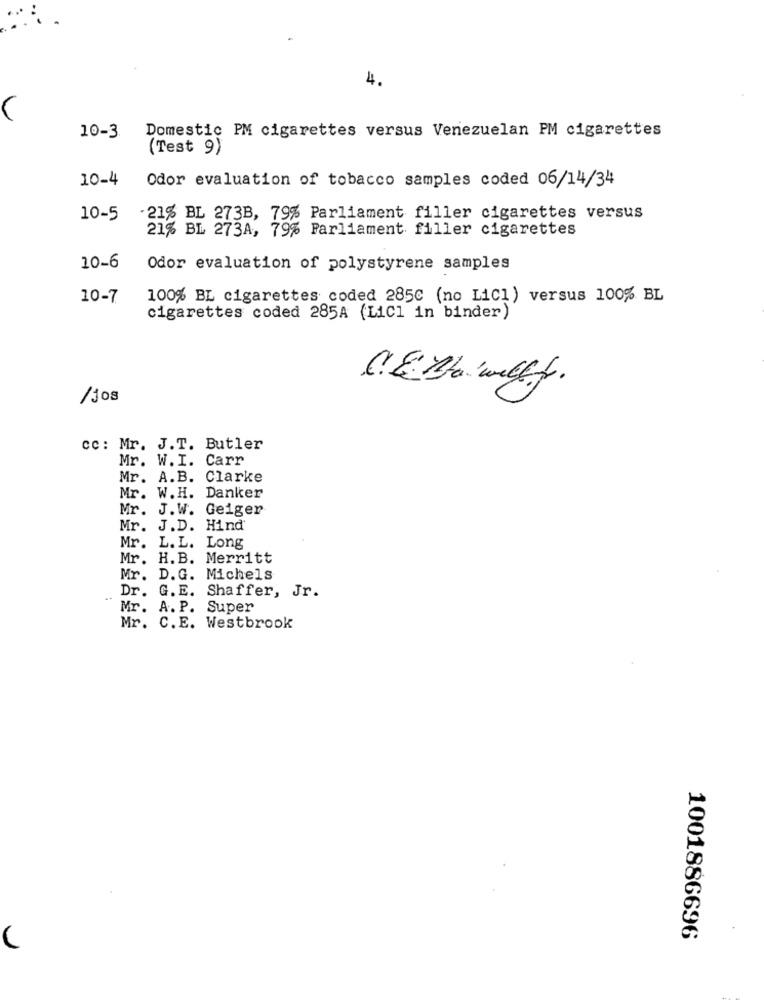
4.
Domestic PM cigarettes versus Venezuelan PM cigarettes
10-3
(Test 9)
10-4
Odor evaluation of tobacco samples coded 06/14/34
10-5
21% BL 273B, 79% Parliament filler cigarettes versus
21% BL 273A, 79% Parliament filler cigarettes
10-6
Odor evaluation of polystyrene samples
10-7
100% BL cigarettes coded 2850 (no LiCl) versus 100% BL
cigarettes coded 285A (LiCl in binder)
C. E Bita well.f.
/jos
cc: Mr. J.T. Butler
Mr. W.I. Carr
Mr. A.B. Clarke
Mr. W.H. Danker
Mr. J.W. Geiger
Mr. J.D. Hind'
Mr. L.L. Long
Mr. H.B. Merritt
Mr. D.G. Michels
Dr. G. E. Shaffer, Jr.
Mr. A. P. Super
Mr. C.E. Westbrook
1001886696